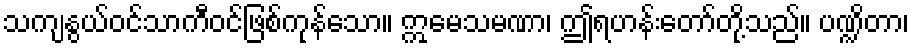
သကျနွယ်ဝင်သာကီဝင်ဖြစ်ကုန်သော။ ဣမေသမဏာ၊ ဤရဟန်းတော်တို့သည်။ ပဏ္ဍိတာ၊